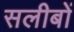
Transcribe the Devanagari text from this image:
सलीबों